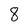
Character: 8